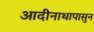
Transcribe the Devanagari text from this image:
आदीनाथापासुन